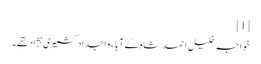
[1]
خواجہ خلیل احمد شاہ کے آبا ء و اجداد کشمیری نژاد تھے۔